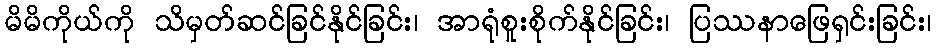
မိမိကိုယ်ကို သိမှတ်ဆင်ခြင်နိုင်ခြင်း၊ အာရုံစူးစိုက်နိုင်ခြင်း၊ ပြဿနာဖြေရှင်းခြင်း၊